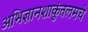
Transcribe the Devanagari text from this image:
अभिज्ञानशाकुंतलमचे